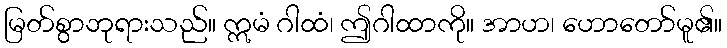
မြတ်စွာဘုရားသည်။ ဣမံ ဂါထံ၊ ဤဂါထာကို။ အာဟ၊ ဟောတော်မူ၏။